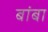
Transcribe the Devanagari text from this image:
बांबा